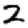
Digit: 2